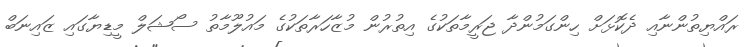
ރައްޔިތުންނާއި ދެކޮޅަށް ހިންގަމުންދާ ޖަރީމާތަކުގެ އިތުރުން މުޒާހަރާތަކުގެ މައުލޫމާތު ސޯޝަލް މީޑިޔާގައި ޒައިނަބް